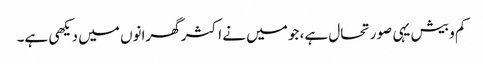
کم و بیش یہی صورتحال ہے، جو میں نے اکثر گھرانوں میں دیکھی ہے۔